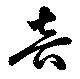
音